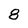
Character: 8